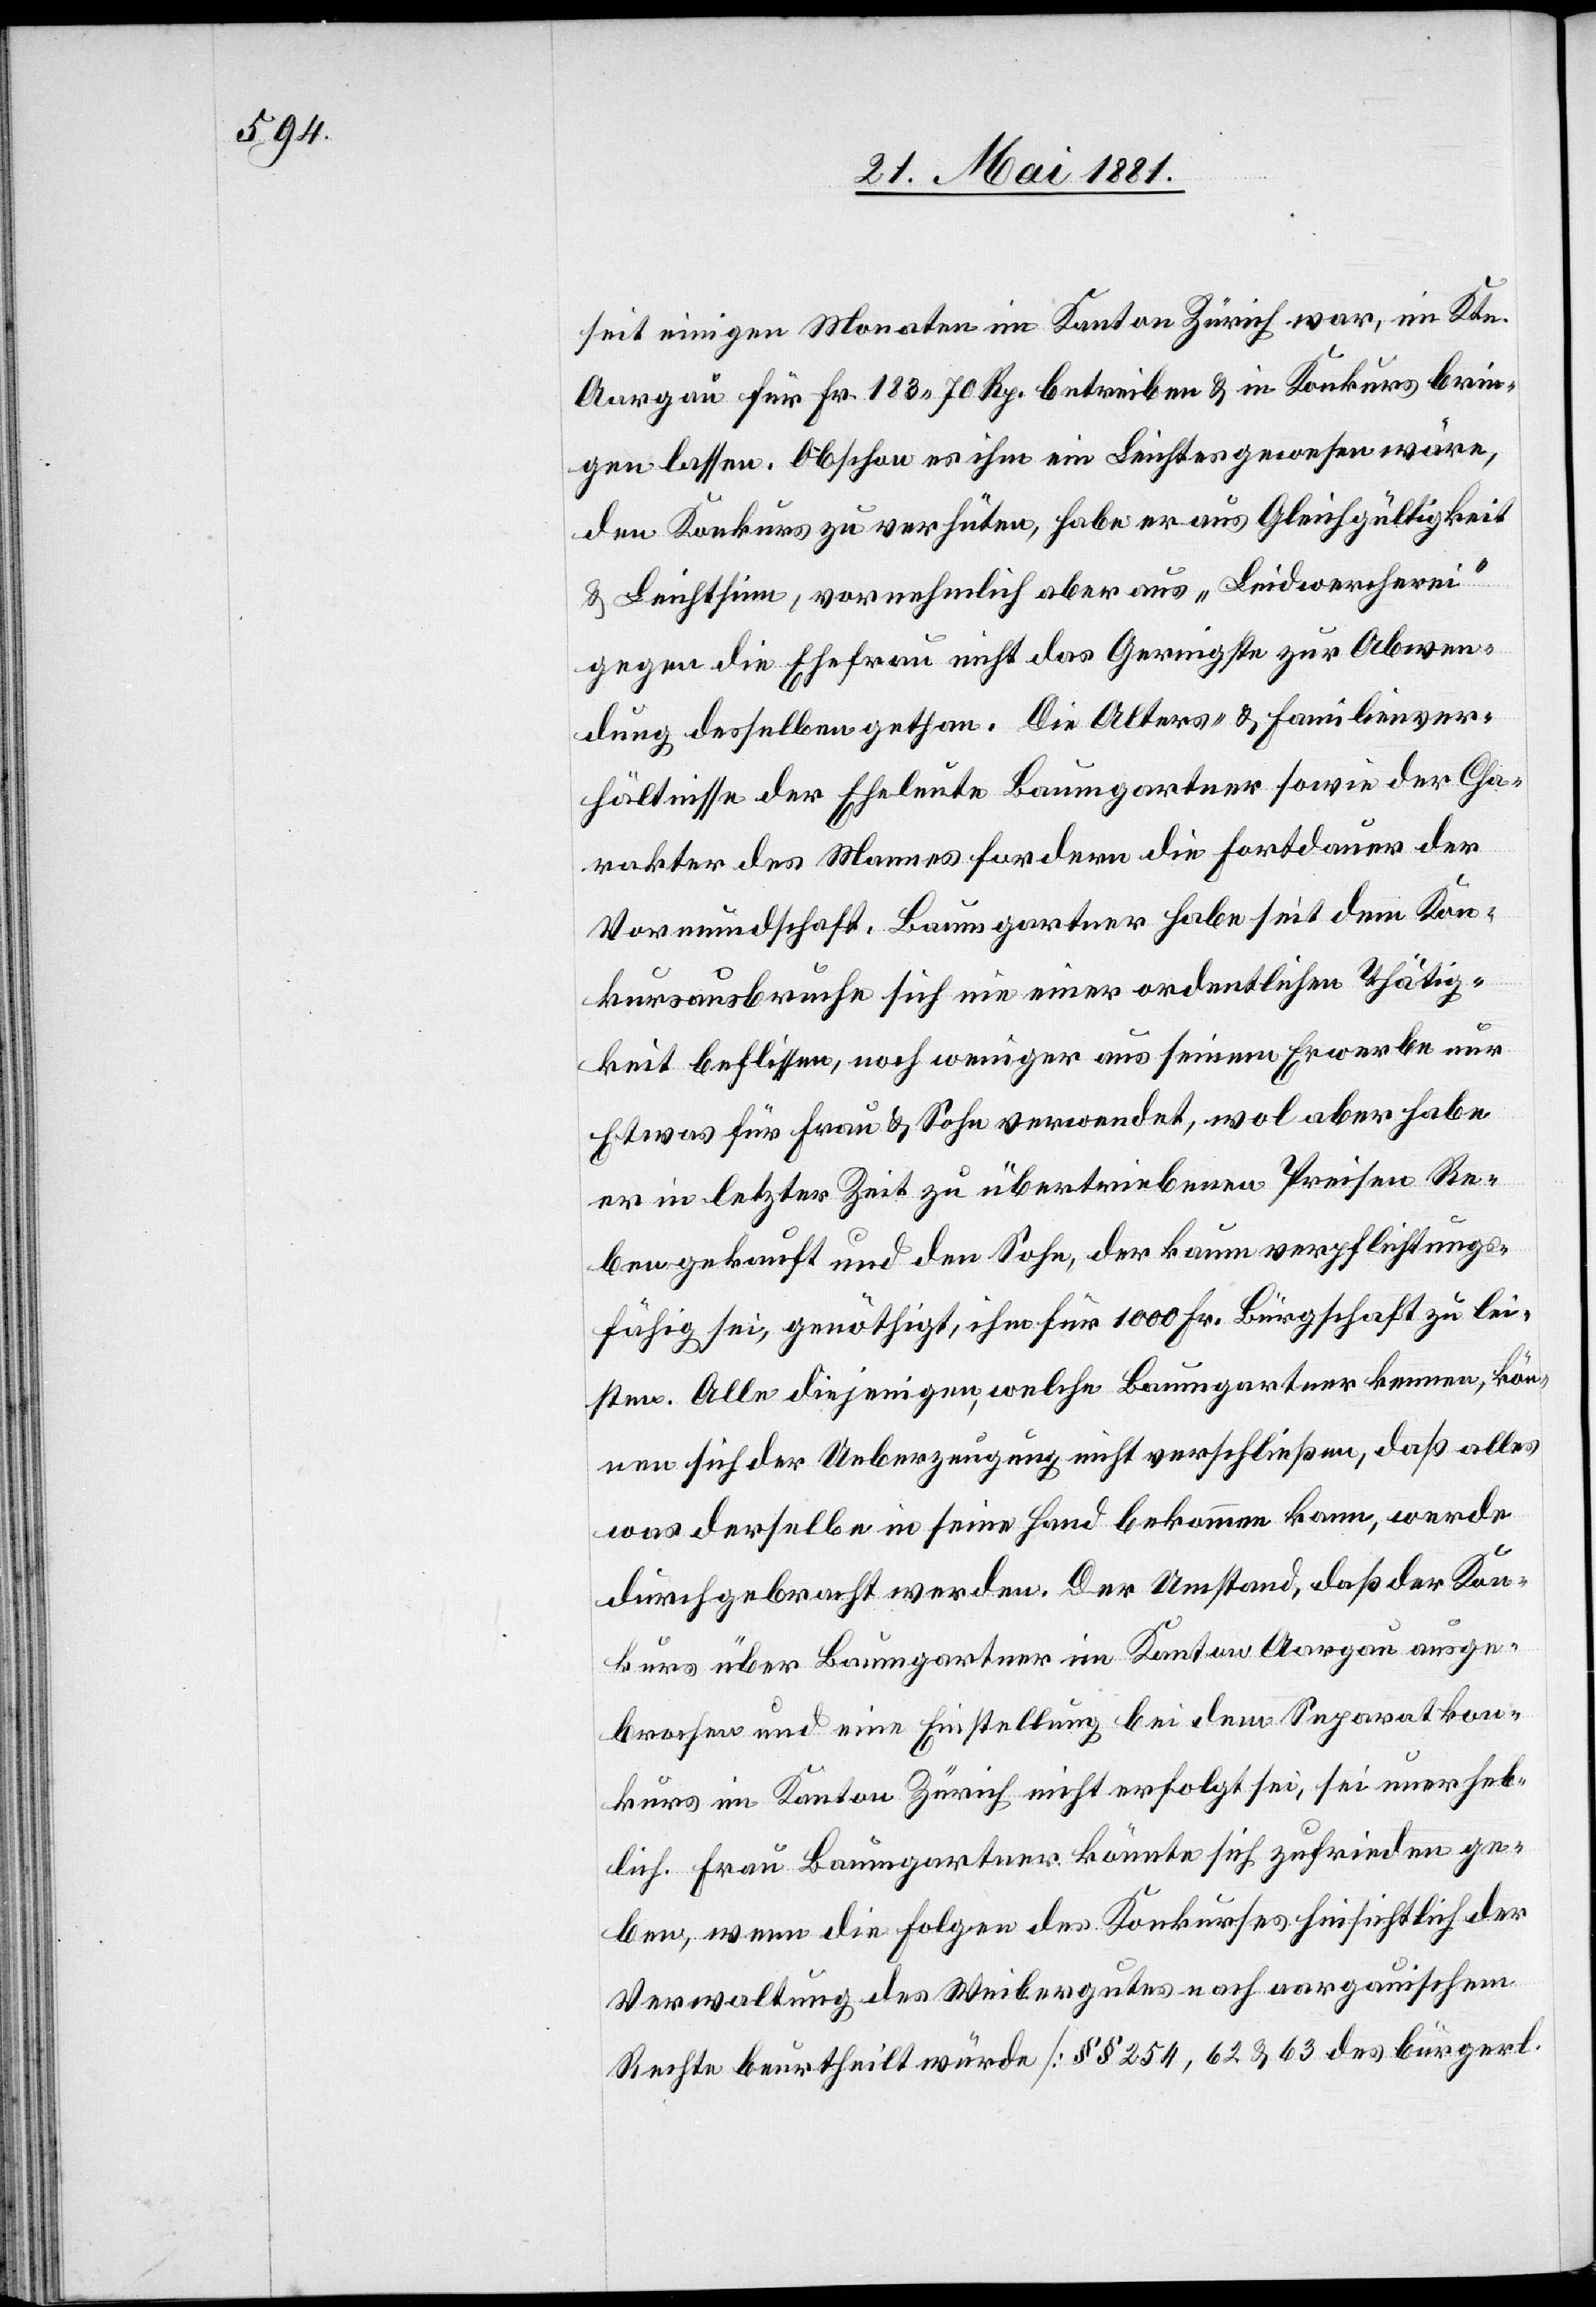
seit einigen Monaten im Kanton Zürich war, im Ktn.
Aargau für Fr. 183 70 Rp. betrieben & in Konkurs brin¬
gen lassen. Obschon zu verhüten, habe er aus Gleichgültigkeit & Leichtsinn,
gegen die Ehefrau nicht das Geringste zur Abwen¬
dung desselben gethan. Die Alters- & Familienver¬
hältnisse der Eheleute Baumgartner sowie der Cha¬
rakter des Mannes fordern die Fortdauer der
Vormundschaft. Baumgartner habe seit dem Kon¬
kursausbruche sich nie einer ordentlichen Thätig¬
keit beflissen, noch weniger aus seinem Erwerbe nur
Etwas für Frau & Sohn verwendet, wol aber habe
er in letzter Zeit zu übertriebenen Preisen Re¬
ben gekauft und den Sohn, der kaum verpflichtungs¬
fähig sei, genöthigt, ihm für 1000 Fr. Bürgschaft zu lei¬
sten. Alle diejenigen, welche Baumgartner kennen, kön¬
nen sich der Ueberzeugung nicht verschließen, daß alles
was derselbe in seine Hand bekommen kann, werde
durchgebracht werden. Der Umstand, daß der Kon¬
kurs über Baumgartner im Kanton Aargau ausge¬
brochen und eine Einstellung bei dem Separatkon¬
kurs im Kanton Zürich nicht erfolgt sei, sei unerheb¬
lich. Frau Baumgartner könnte sich zufrieden ge¬
ben, wenn die Folgen des Konkurses hinsichtlich der
Verwaltung des Weibergutes nach aargauischem
Rechte beurtheilt würde [§§ 254, 62 & 63 des bürgerl.